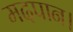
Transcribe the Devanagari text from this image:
मदपान।